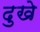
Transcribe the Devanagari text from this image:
दुखे